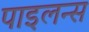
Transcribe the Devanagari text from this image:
पाइलन्स